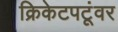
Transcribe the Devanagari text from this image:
क्रिकेटपटूंवर